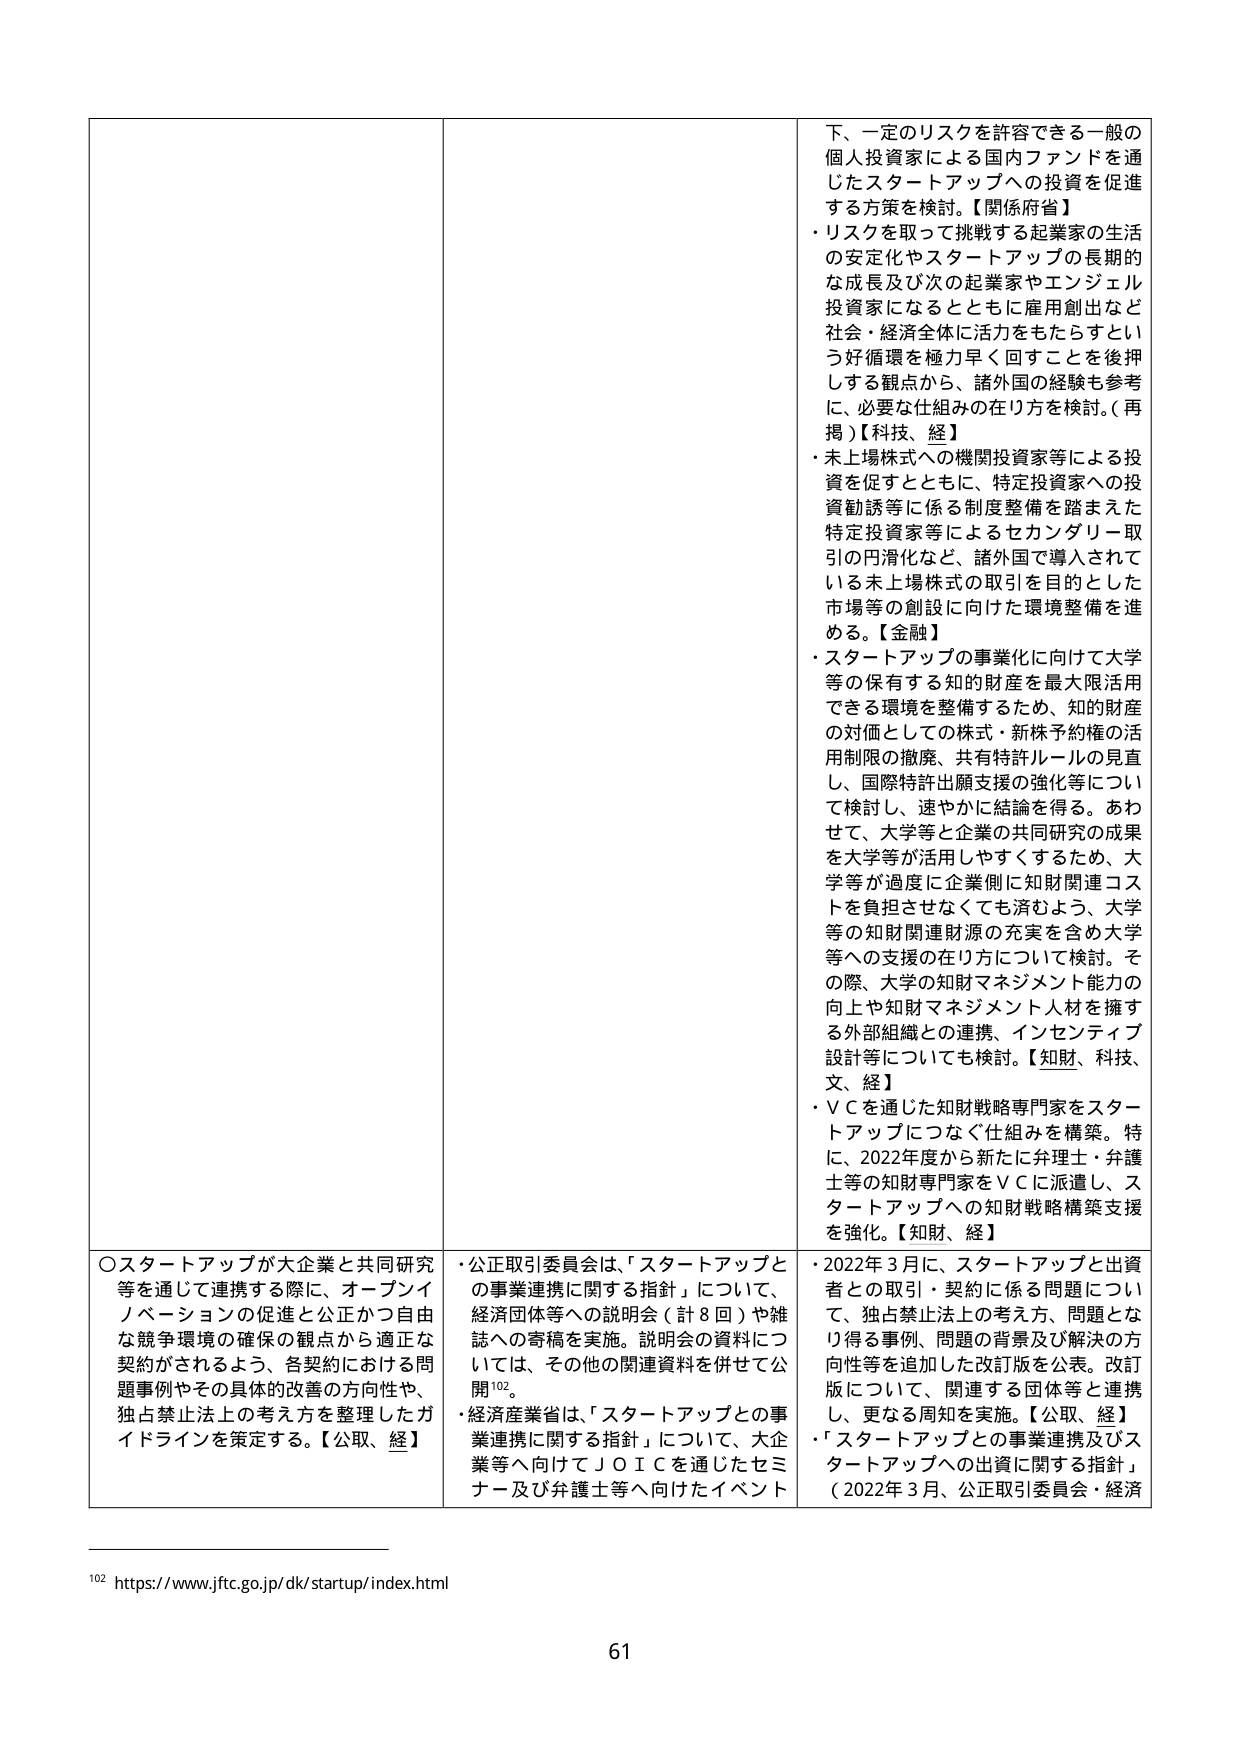
下、一定のリスクを許容できる一般の
個人投資家による国内ファンドを通
じたスタートアップへの投資を促進
する方策を検討。【関係府省】
・リスクを取って挑戦する起業家の生活
の安定化やスタートアップの長期的
な成長及び次の起業家やエンジェル
投資家になるとともに雇用創出など
社会・経済全体に活力をもたらすとい
う好循環を極力早く回すことを後押
しする観点から、諸外国の経験も参考
に、必要な仕組みの在り方を検討。（再
掲）【科技、経】
・未上場株式への機関投資家等による投
資を促すとともに、特定投資家への投
資勧誘等に係る制度整備を踏まえた
特定投資家等によるセカンダリー取
引の円滑化など、諸外国で導入されて
いる未上場株式の取引を目的とした
市場等の創設に向けた環境整備を進
める。【金融】
・スタートアップの事業化に向けて大学
等の保有する知的財産を最大限活用
できる環境を整備するため、知的財産
の対価としての株式・新株予約権の活
用制限の撤廃、共有特許ルールの見直
し、国際特許出願支援の強化等につい
て検討し、速やかに結論を得る。あわ
せて、大学等と企業の共同研究の成果
を大学等が活用しやすくするため、大
学等が過度に企業側に知財関連コス
トを負担させなくても済むよう、大学
等の知財関連財源の充実を含め大学
等への支援の在り方について検討。そ
の際、大学の知財マネジメント能力の
向上や知財マネジメント人材を擁す
る外部組織との連携、インセンティブ
設計等についても検討。【知財、科技、
文、経】
・ＶＣを通じた知財戦略専門家をスター
トアップにつなぐ仕組みを構築。特
に、2022年度から新たに弁理士・弁護
士等の知財専門家をＶＣに派遣し、ス
タートアップへの知財戦略構築支援
を強化。【知財、経】

○スタートアップが大企業と共同研究
等を通じて連携する際に、オープンイ
ノベーションの促進と公正かつ自由
な競争環境の確保の観点から適正な
契約がされるよう、各契約における問
題事例やその具体的改善の方向性や、
独占禁止法上の考え方を整理したガ
イドラインを策定する。【公取、経】
・公正取引委員会は、「スタートアップと
の事業連携に関する指針」について、
経済団体等への説明会（計8回）や雑
誌への寄稿を実施。説明会の資料につ
いては、その他の関連資料を併せて公
開¹⁰²。
・経済産業省は、「スタートアップとの事
業連携に関する指針」について、大企
業等へ向けてＪＯＩＣを通じたセミナ
ー及び弁護士等へ向けたイベント
・2022年3月に、スタートアップと出資
者との取引・契約に係る問題につい
て、独占禁止法上の考え方、問題とな
り得る事例、問題の背景及び解決の方
向性等を追加した改訂版を公表。改訂
版について、関連する団体等と連携
し、更なる周知を実施。【公取、経】
・「スタートアップとの事業連携及びス
タートアップへの出資に関する指針」
（2022年3月、公正取引委員会・経済

¹⁰² https://www.jftc.go.jp/dk/startup/index.html

61